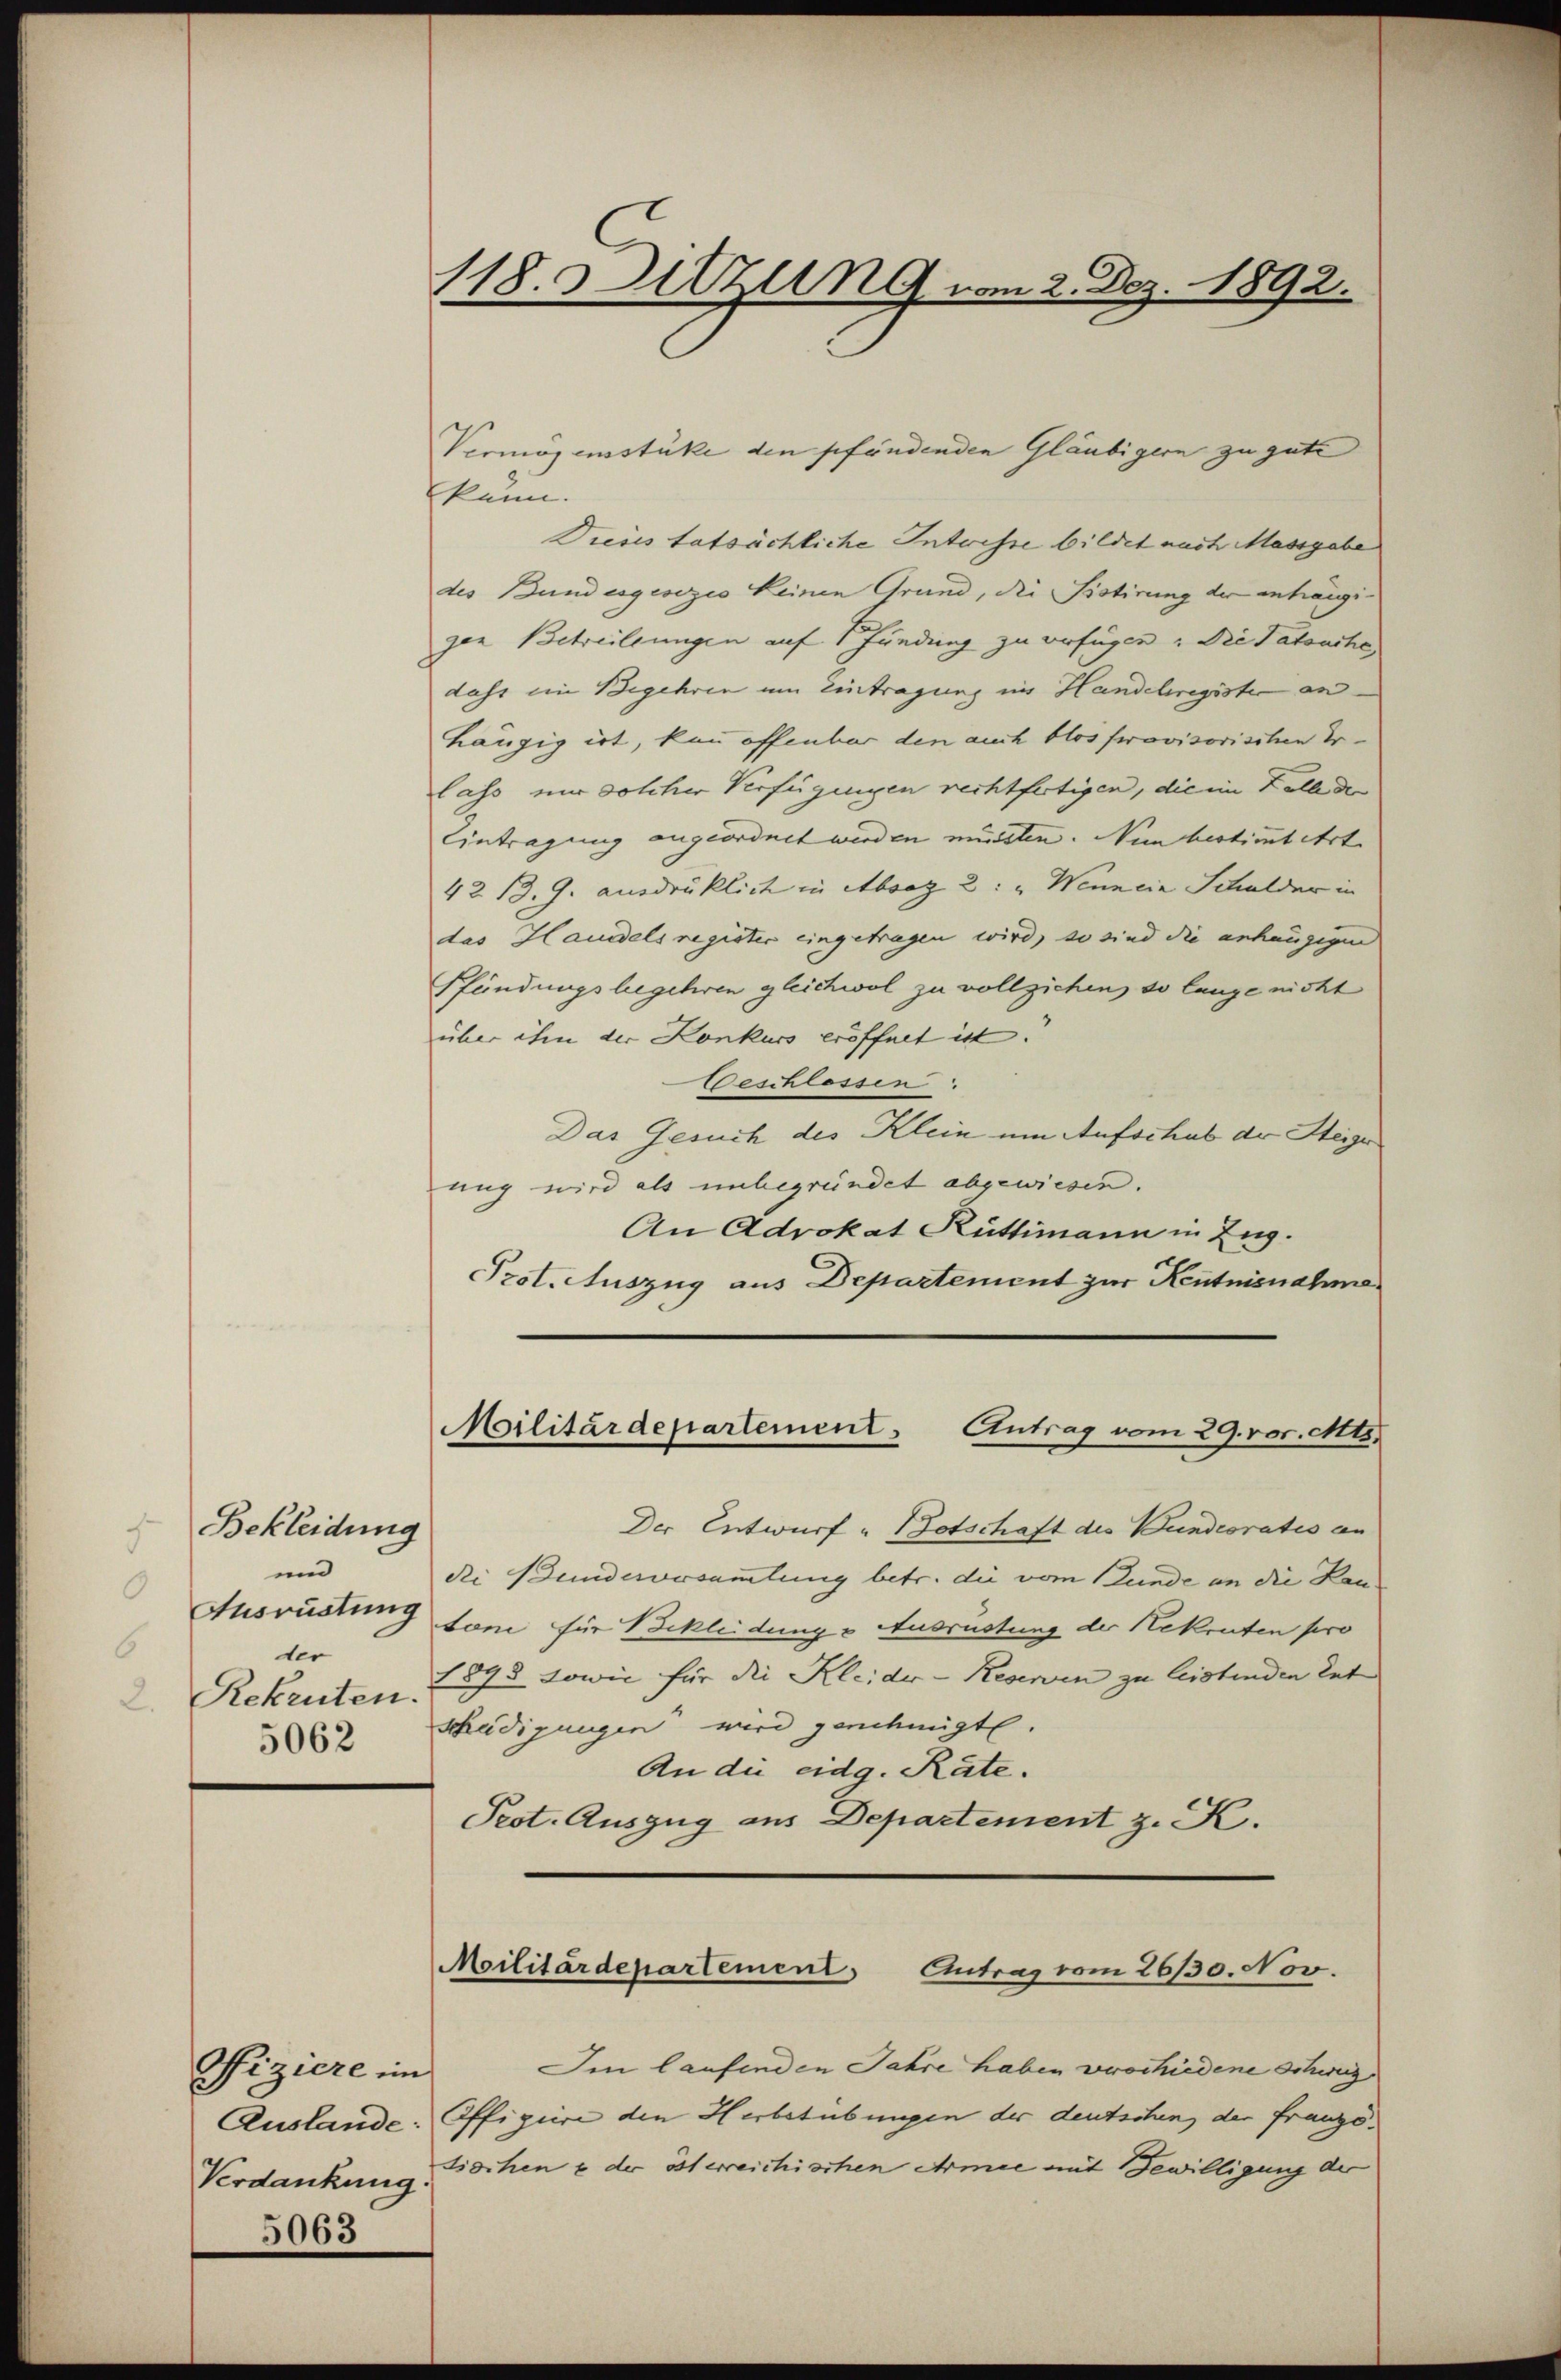
Bekleidung
und
der
Rekruten.
5062

Piziere im
Verdankung
5063

118. Sitzung vom 2. Dez. 1892.

Vermögensstüke den pfändenden Gläubigern zu gute
kann.
Dieses tatsächliche Interesse bildet nach Massgabe
des Bundesgesozio keinen Grund, die Sistirung der anhängigen Betreitungen auf 1 Fundung zu verfügen: Die Tatsache
dahr im Begehren um Eintragung in Handelregister an
hängig ist, kann offenbar den auch blos provisorischen Erlass nur solcher Verfügungen rechtfertigen, die im Falle de
Eintragung angeordnet werden müssten. Nun bestimtetrt.
42 13. J. ausdrüklich in Absaz 2: „Wenn ein Schulder in
das Hauddels register eingetragen wird, so sind die anhängigen
Pfündungsbegehren gleichwol zu vollziehen, so lange nicht
über ihm der Konkurs eröffnet ist.
Beschlossen.
Das Gesuch des Klein um Aufschub der Steiger
ung wird als unbegründet abgewiesen.
An Advokat Rüttimann in Zug.
Prot. Auszug aus Departement zur Kentnisnahme

Der Entwurf & Botschaft des Bundesrates an
die Bundersammlung betr. die vom Bunde an die Kan-
Ausrüstung son für Bekleidung v. Ausrüstung der Rekruten pro
1893 sowie für die Kleider-Reserven zu leistenden let
schädigungen wird genehmigt.
An die eidg. Räte.
Peot. Auszug aus Departement z. K.

Militärdepartement. Antrag vom 29. vor. Mts.

Moilitärdepartement. Eintrag vom 26/30. Nov.

Ien laufenden Jahre haben verschiedene Schwurg
Auslande. Offigiere den Herbstübungen der deutschen, der Franzo
sischen s der österreichischen Armee mit Bewilligung der